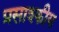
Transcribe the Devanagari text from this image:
प्रसाश्कीय